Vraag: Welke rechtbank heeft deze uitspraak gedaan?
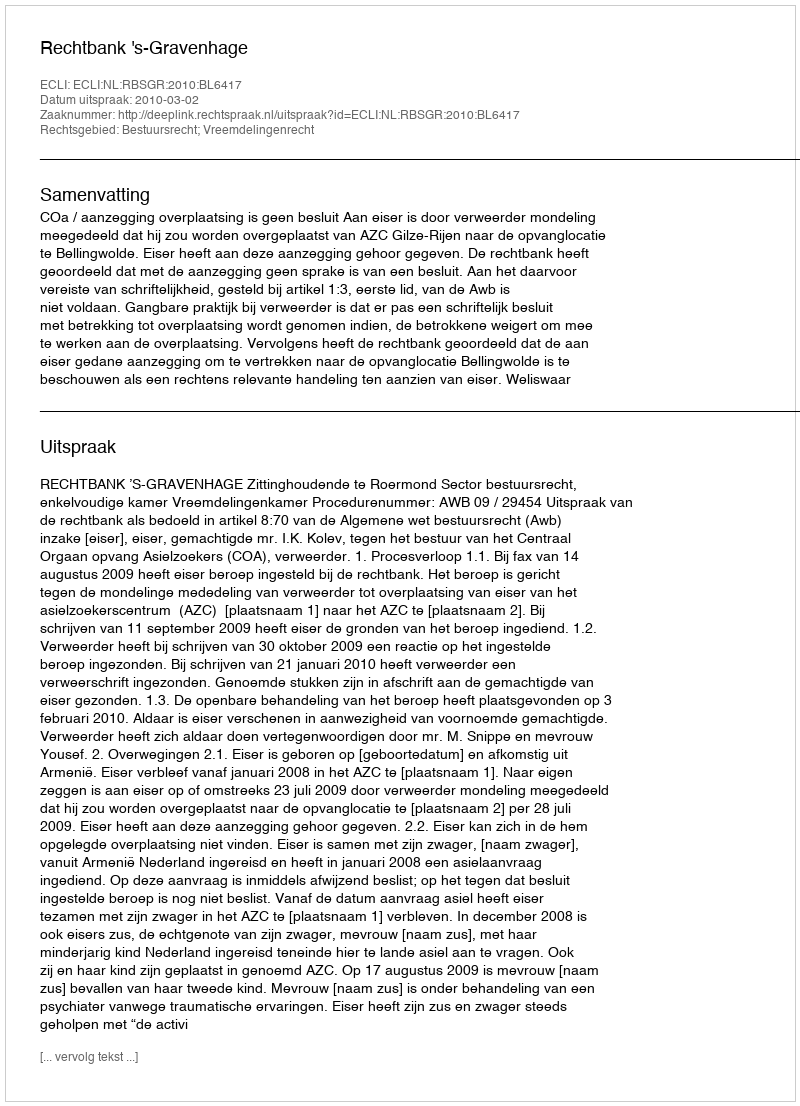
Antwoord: Rechtbank 's-Gravenhage